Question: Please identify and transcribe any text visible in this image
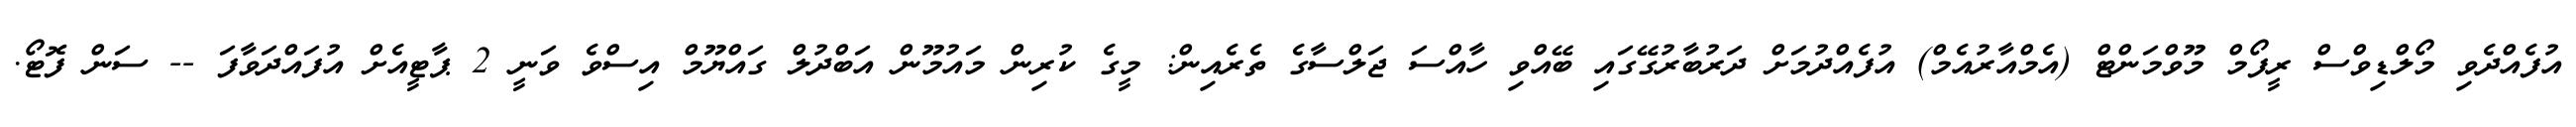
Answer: އުފެއްދެވި މޯލްޑިވްސް ރީފޯމް މޫވްމަންޓް (އެމްއާރުއެމް) އުފެއްދުމަށް ދަރުބާރުގޭގައި ބޭއްވި ހާއްސަ ޖަލްސާގެ ތެރެއިން: މީގެ ކުރިން މައުމޫން އަބްދުލް ގައްޔޫމް އިސްވެ ވަނީ 2 ޕާޓީއެށް އުފައްދަވާފަ -- ސަން ފޮޓޯ.